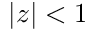
| z | < 1